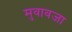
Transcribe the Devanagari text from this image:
मुवावजा